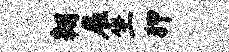
翱雇坐狎